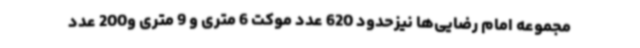
مجموعه امام رضایی‌ها نیزحدود 620 عدد موکت 6 متری و 9 متری و200 عدد